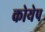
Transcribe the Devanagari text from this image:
कोयेप